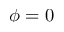
\phi = 0